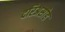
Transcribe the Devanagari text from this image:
दरिअसीह